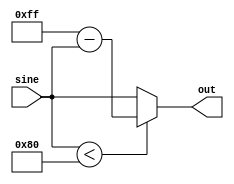
module GenSinFullWave(
    input [7:0] sine,
    output reg [7:0] out
);
    always @(sine) begin
        if (sine < 8'd128) out = 8'd255 - sine;
        else out = sine;
    end
endmodule